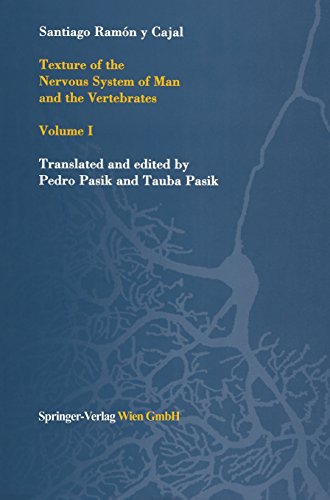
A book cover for Texture of the Nervous System of Man and the Vertebrates: Volume I (Texture of the Nervous System of Man & the Vertebrates); Santiago Ramon y Cajal; Medical Books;